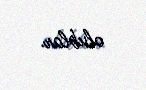
olublar.